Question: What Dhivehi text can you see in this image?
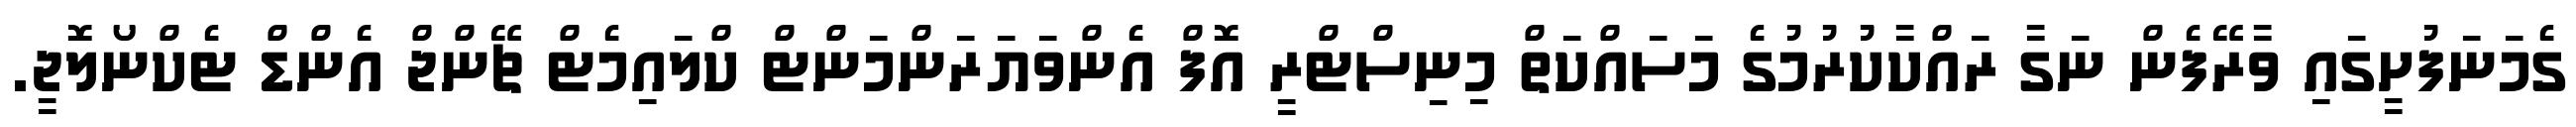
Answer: ގެމަނަފުށީގައި ވާރޭފެން ނަގާ ރައްކާކުރުމުގެ މަސައްކަތް މިނިސްޓްރީ އޮފް އެންވަޔަރަންމަންޓް ކްލައިމެޓް ޗޭންޖް އެންޑް ޓެކްނޯލޮޖީ.